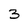
Character: 3